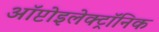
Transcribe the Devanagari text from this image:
ऑप्टोइलेक्ट्रॉनिक